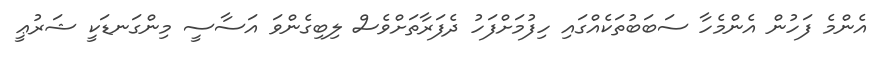
އެންމެ ފަހުން އެންމެހާ ސަބަބުތަކެއްގައި ހިފުމަށްފަހު ދެފަރާތަށްވެސް ލިބިގެންވަ އަސާސީ މިންގަނޑަކީ ޝަރުޢީ